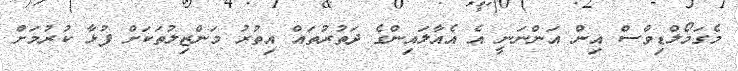
މެގަމޯލްޑިވްސް އިން އަންނަނީ އެ އެއާލައިންގެ ދަތުރުތައް އިތުރު މަންޒިލުތަކަށް ފުޅާ ކުރުމަށް